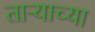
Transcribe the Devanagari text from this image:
ताऱ्‍याच्या